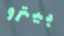
بيترو